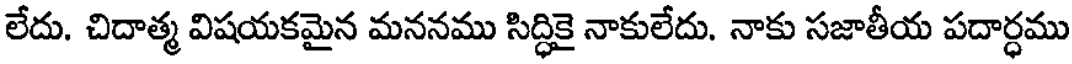
లేదు. చిదాత్మ విషయకమైన మననము సిద్ధికై నాకులేదు. నాకు సజాతీయ పదార్ధము